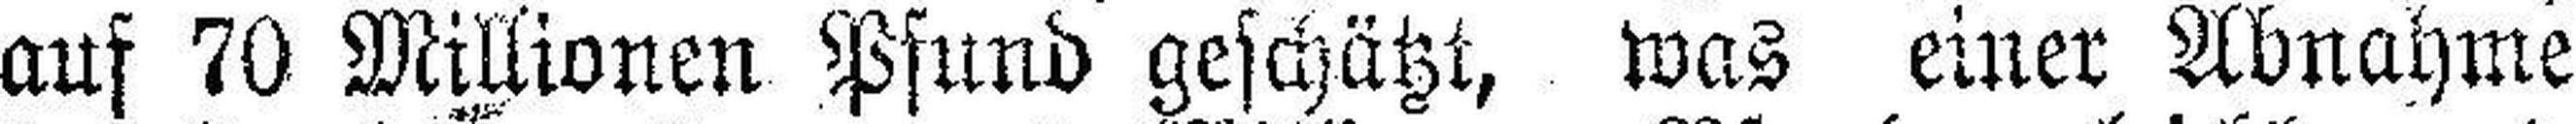
auf 70 Millionen Pfund geschätzt, was einer Abnahme